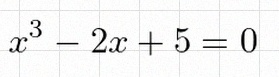
x^3-2x+5=0